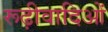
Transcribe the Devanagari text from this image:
रूढ़ीवादिओं